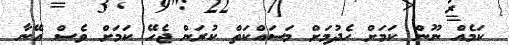
ކަމެއް ނޫން ކަމަށް ހެދުމަށް މަސައްކަތް ކުރަން ޖެހޭ ކަމަށް ވެސް އޭނާ